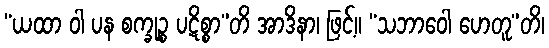
“ယထာ ဝါ ပန စက္ခုဉ္စ ပဋိစ္စာ”တိ အာဒိနာ၊ ဖြင့်။ “သဘာဝေါ ဟေတူ”တိ၊